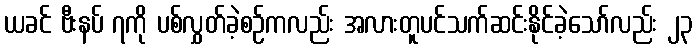
ယခင် ဗီးနပ် ၇ကို ပစ်လွှတ်ခဲ့စဉ်ကလည်း အလားတူပင်သက်ဆင်းနိုင်ခဲ့သော်လည်း ၂၃